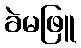
ခဲမဖြူ